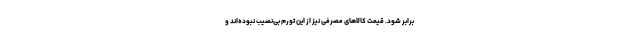
برابر شود. قیمت کالاهای مصرفی نیز از این تورم بی‌نصیب نبوده‌اند و